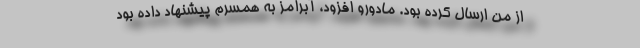
از من ارسال کرده بود. مادورو افزود، آبرامز به همسرم پیشنهاد داده بود